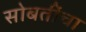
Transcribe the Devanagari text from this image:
सोबतींचा